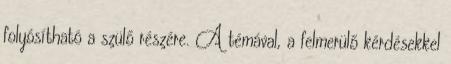
folyósítható a szülő részére. A témával, a felmerülő kérdésekkel